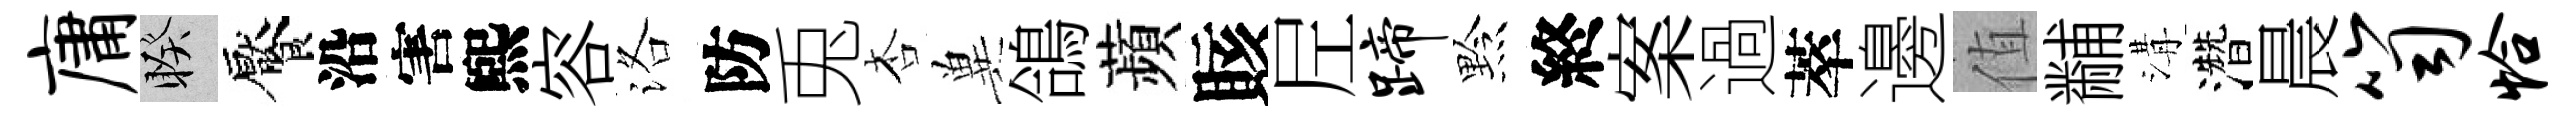
庸睽饜沿害煕容洛防兎杏兾鴿蘋賅𡰱蹄黔終案過萃邊值黼溝濳晨笥恰